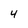
Character: 4